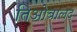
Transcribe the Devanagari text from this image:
तिओबालद